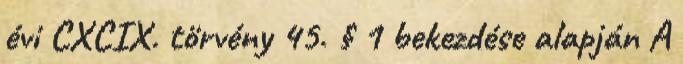
évi CXCIX. törvény 45. § 1 bekezdése alapján A